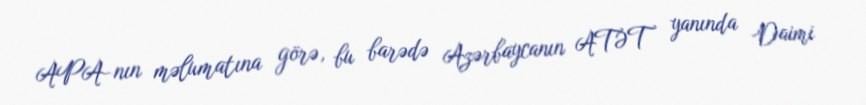
APA-nın məlumatına görə, bu barədə Azərbaycanın ATƏT yanında Daimi